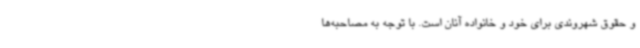
و حقوق شهروندی برای خود و خانواده آنان است. با توجه به مصاحبه‌ها